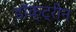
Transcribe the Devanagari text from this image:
डॉक्ट्रीन